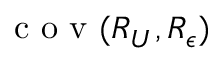
\mathrm { ~ c ~ o ~ v ~ } ( R _ { U } , R _ { \epsilon } )